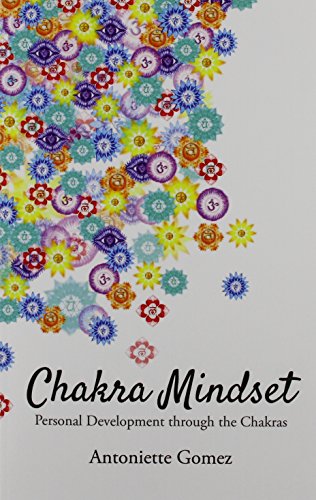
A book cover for Chakra Mindset: Personal Development through the Chakras; Antoniette Gomez; Self-Help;